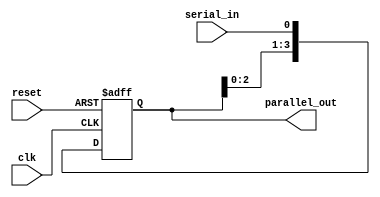
module serial_in_parallel_out(
    input wire clk,
    input wire reset,
    input wire serial_in,
    output reg [3:0] parallel_out
);

reg [3:0] shift_reg;

always @(posedge clk or posedge reset) begin
    if (reset) begin
        shift_reg <= 4'b0;
    end else begin
        shift_reg <= {shift_reg[2:0], serial_in};
    end
end

assign parallel_out = shift_reg;

endmodule